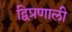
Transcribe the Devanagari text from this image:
द्विप्रणाली